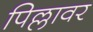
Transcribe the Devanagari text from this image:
पिल्लावर